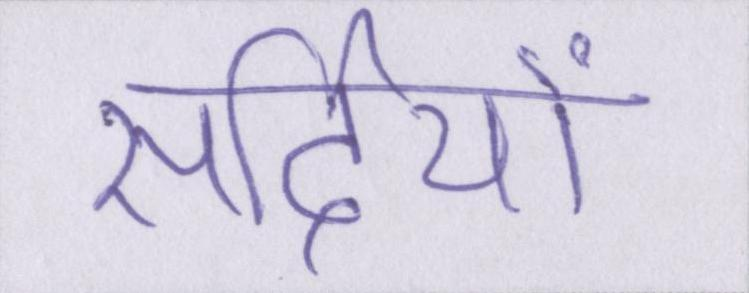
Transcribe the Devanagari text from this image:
सर्दियों